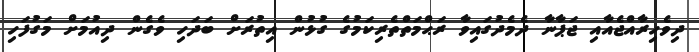
ދިވެހިރާއްޖެއާއި ޖަޕާނާ ދެމެދުގައިވާ ރަޙްމަތްތެރިކަމުގެ ގުޅުން އިތުރަށް ބަދަހި ވެގެން ދިއުމަށް މަގުފަހި